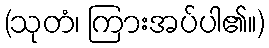
(သုတံ၊ ကြားအပ်ပါ၏။)